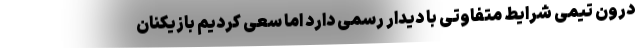
درون تیمی شرایط متفاوتی با دیدار رسمی دارد اما سعی کردیم بازیکنان